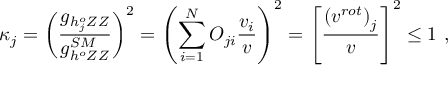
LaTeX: \kappa _ { j } = \left( \frac { g _ { h _ { j } ^ { o } Z Z } } { g _ { h ^ { o } Z Z } ^ { S M } } \right) ^ { 2 } = \left( \sum _ { i = 1 } ^ { N } O _ { j i } \frac { v _ { i } } { v } \right) ^ { 2 } = \left[ \frac { \left( v ^ { r o t } \right) _ { j } } { v } \right] ^ { 2 } \leq 1 \ ,